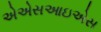
એએસઆઇએસ